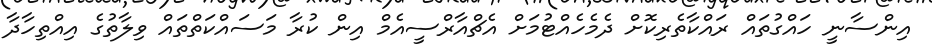
އިންސާނީ ހައްގުތައް ރައްކާތެރިކޮށް ދެމެހެއްޓުމަށް އެޗްއާރްސީއެމް އިން ކުރާ މަސައްކަތްތައް ވިލާތުގެ އިއްތިހާދާ